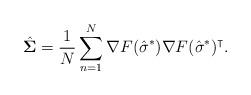
LaTeX: \begin{align*}\hat{\boldsymbol \Sigma} = \frac{1}{N}\sum_{n=1}^{N} \nabla F(\hat{\sigma}^*) \nabla F(\hat{\sigma}^*)^\intercal.\end{align*}